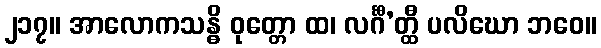
၂၁၇။ အာလောကသန္ဓိ ဝုတ္တော ထ၊ လင်္ဂီ’တ္ထီ ပလိဃော ဘဝေ။